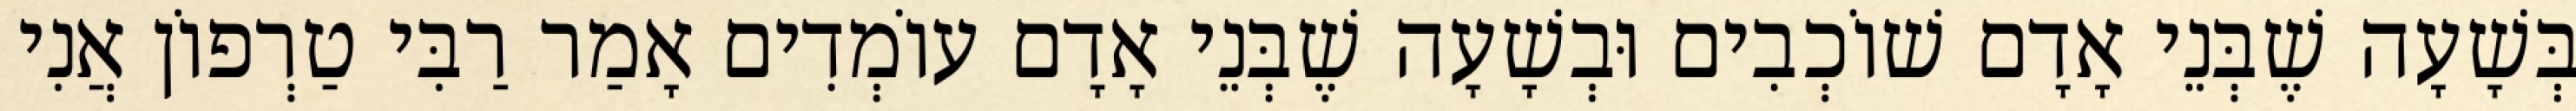
בְּשָׁעָה שֶׁבְּנֵי אָדָם שׁוֹכְבִים וּבְשָׁעָה שֶׁבְּנֵי אָדָם עוֹמְדִים אָמַר רַבִּי טַרְפוֹן אֲנִי